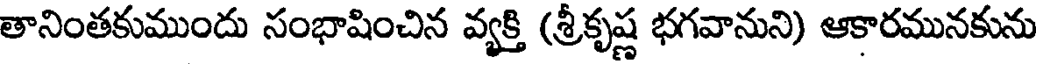
తానింతకుముందు సంభాషించిన వ్యక్తి (శ్రీకృష్ణ భగవానుని) ఆకారమునకును